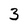
Character: 3